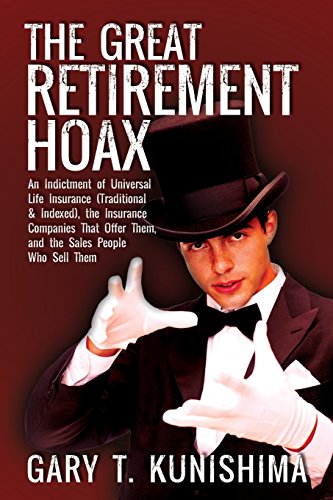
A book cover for The Great Retirement Hoax: An Indictment of Universal Life Insurance (Traditional & Indexed), the Insurance Companies That Offer Them, and the Sa; Gary T. Kunishima; Business & Money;